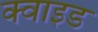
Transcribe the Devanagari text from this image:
क्वाइड